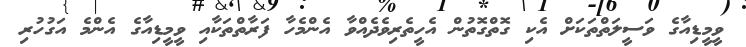
ވީމީޑިއާގެ ވަސީލަތްތަކަށް އެކި ގޮތްގޮތުން އެހީތެރިވެދެއްވާ އެންމެހާ ފަރާތްތަކާއި ވީމީޑިއާގެ އެންމެ އަގުހުރި